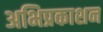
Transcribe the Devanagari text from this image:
अभिप्रकाशन